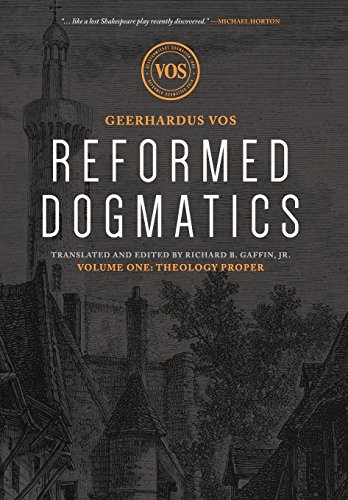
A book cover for Reformed Dogmatics: Theology Proper; Geerhardus Vos; Christian Books & Bibles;